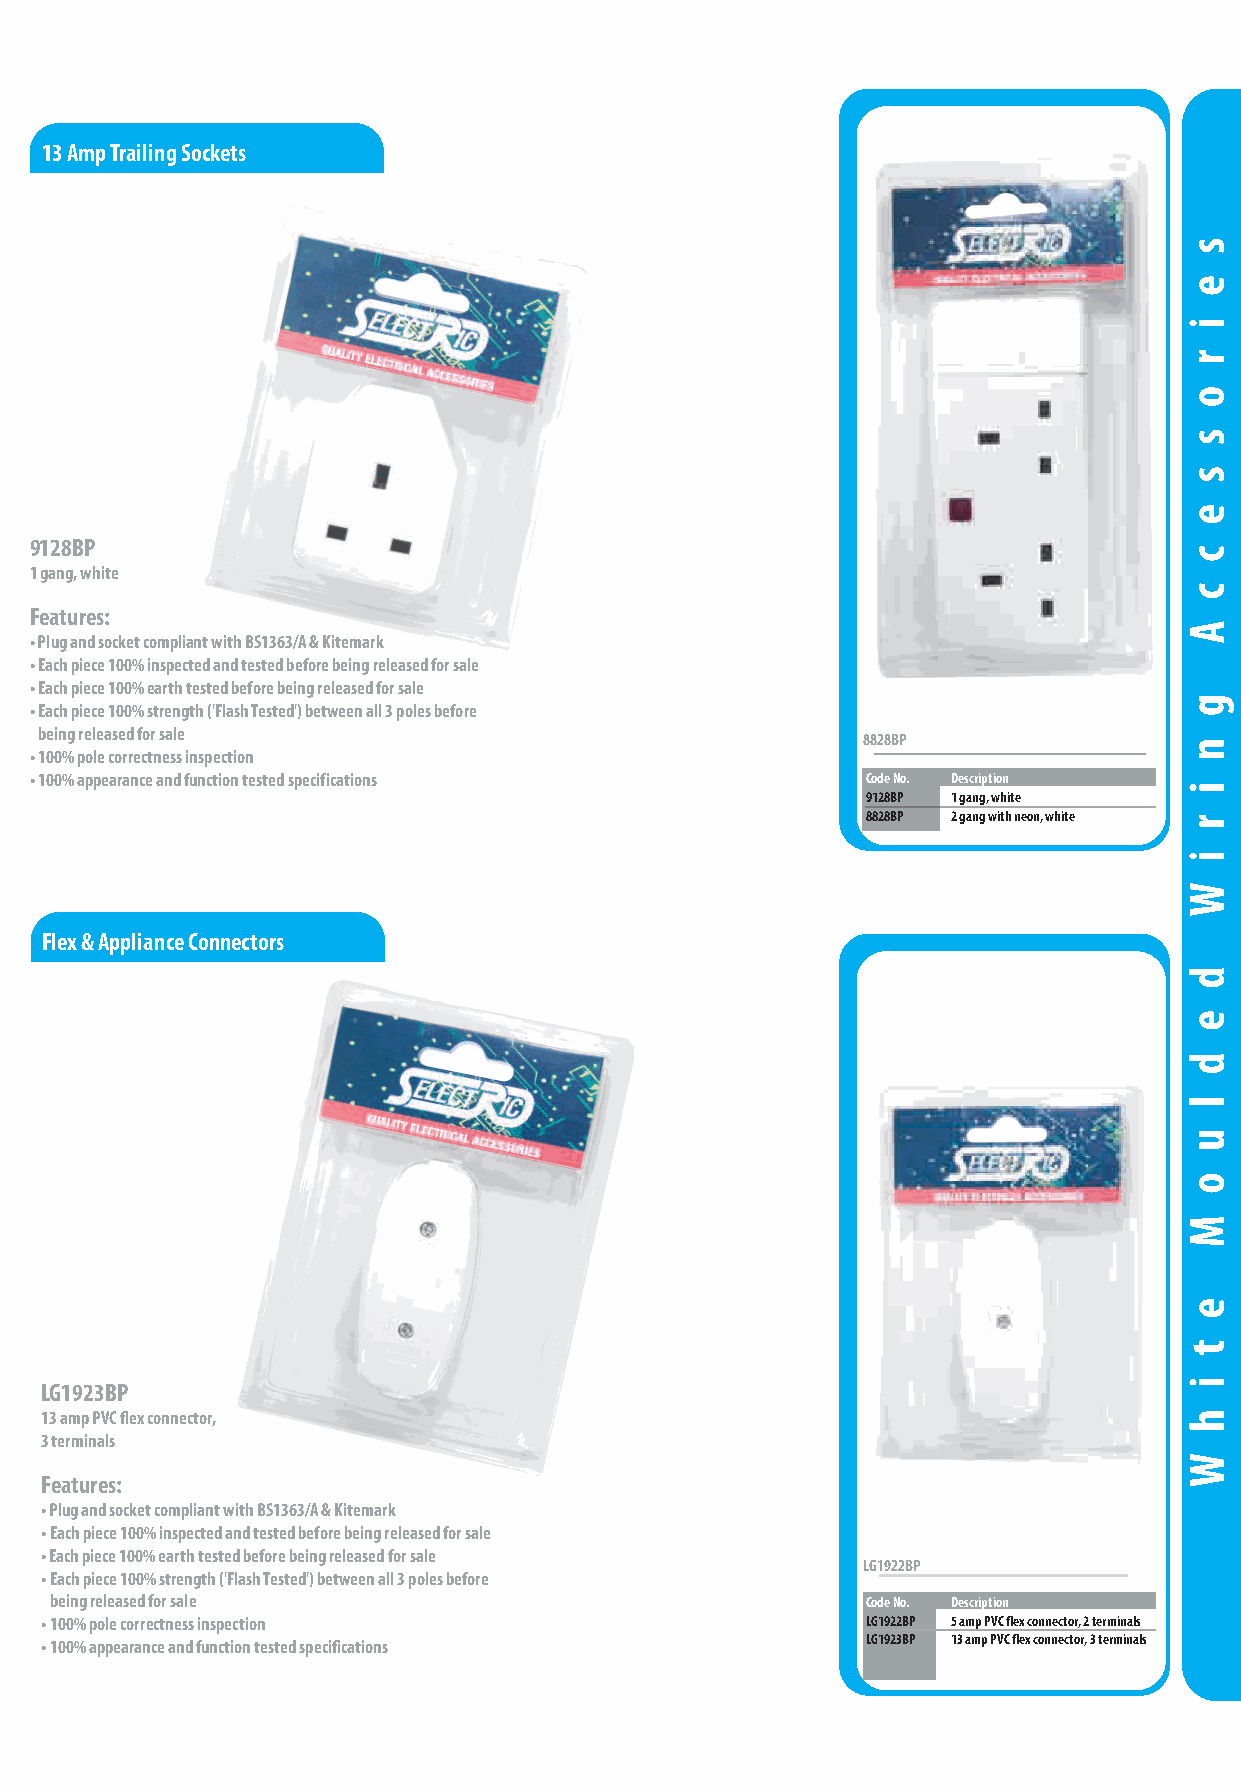
Pre-Packed White Moulded Wiring Accessories
 13 Amp Trailing Sockets
 9128BP
 1 gang, white
 Features:
 • Plug and socket compliant with BS1363/A & Kitemark
 • Each piece 100% inspected and tested before being released for sale
 • Each piece 100% earth tested before being released for sale
 • Each piece 100% strength ('Flash Tested') between all 3 poles before
 being released for sale
 8828BP
 • 100% pole correctness inspection
 • 100% appearance and function tested specifications   Code No. Description
 9128BP 1 gang, white
 8828BP 2 gang with neon, white
 Flex & Appliance Connectors
 LG1923BP
 13 amp PVC flex connector,
 3 terminals
 Features:
 • Plug and socket compliant with BS1363/A & Kitemark
 • Each piece 100% inspected and tested before being released for sale
 • Each piece 100% earth tested before being released for sale
 LG1922BP
 • Each piece 100% strength ('Flash Tested') between all 3 poles before
 being released for sale                               Code No. Description
 • 100% pole correctness inspection                    LG1922BP 5 amp PVC flex connector, 2 terminals
 • 100% appearance and function tested specifications  LG1923BP 13 amp PVC flex connector, 3 terminals
 call to order +44 (0)161 745 7777 fax to order +44 (0)161 745 2777 email: sales@selectricuk.co.uk website: www.selectricuk.co.uk 33
 s
 e
 i
 r
 o
 s
 s
 e
 c
 c
 A
 g
 n
 i
 r
 i
 W
 d
 e
 d
 l
 u
 o
 M
 e
 t
 i
 h
 W